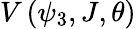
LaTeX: V\left(\psi_{3},J,\theta\right)